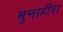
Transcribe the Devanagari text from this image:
मुत्ताहीदा